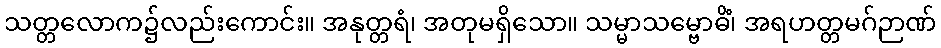
သတ္တလောက၌လည်းကောင်း။ အနုတ္တရံ၊ အတုမရှိသော။ သမ္မာသမ္ဗောဓိံ၊ အရဟတ္တမဂ်ဉာဏ်